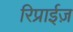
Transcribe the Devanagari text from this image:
रिप्राईज़